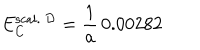
E _ { \mathrm { C } } ^ { \mathrm { s c a l . } \ { \cal D } } = { \frac { 1 } { a } } \, 0 . 0 0 2 8 2